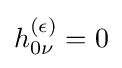
h_{0\nu }^{(\epsilon )}=0